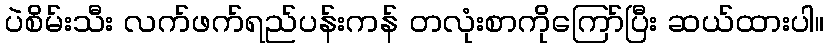
ပဲစိမ်းသီး လက်ဖက်ရည်ပန်းကန် တလုံးစာကိုကြော်ပြီး ဆယ်ထားပါ။